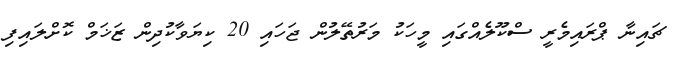
ޗައިނާ ޕްރައިމެރީ ސްކޫލެއްގައި މީހަކު މަރުތޭލުން ޖަހައި 20 ކިޔަވާކުދިން ޒަޚަމް ކޮށްލައިފި